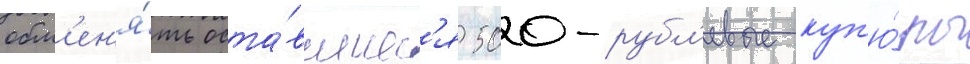
обм'ен'я́ть оста́вшиес'я 500-рубл'евые куп'ю́ры